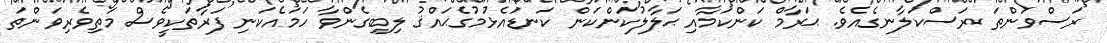
ރަސްވަންތަ ރަސްކަލާނގެއެވެ. ޙަރާމް ކަންކަމާއި ޙަލާލުކަންކަން ކަނޑައެޅުމުގެޙައްޤު ލިބިގެންވާ ހަމައެކަނި ފަރާތަކީވެސް މަތިވެރިވަންތަ